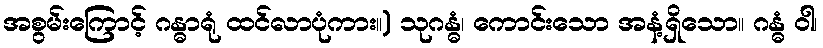
အစွမ်းကြောင့် ဂန္ဓာရုံ ထင်လာပုံကား။) သုဂန္ဓံ၊ ကောင်းသော အနံ့ရှိသော။ ဂန္ဓံ ဝါ၊